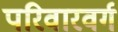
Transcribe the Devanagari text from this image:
परिवारवर्ग